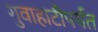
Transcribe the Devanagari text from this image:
गुवाहाटीपर्यंत